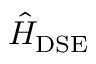
\hat { H } _ { \mathrm { D S E } }